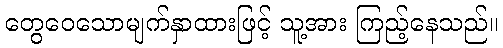
တွေဝေသောမျက်နှာထားဖြင့် သူ့အား ကြည့်နေသည်။